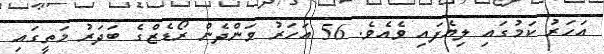
އަހަރު ކަމުގައި ލިޔެފައި ވެއެވެ. 56 އަހަރު ވަންދެން ރޯޑެޒްގެ ބަދަރު މަތީގައި